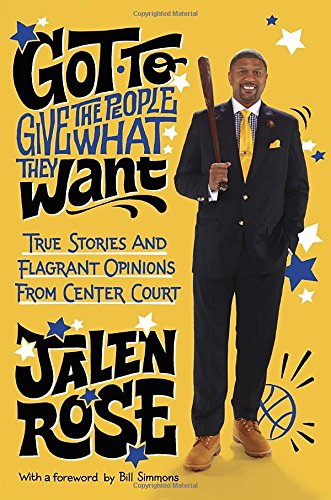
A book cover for Got to Give the People What They Want: True Stories and Flagrant Opinions from Center Court; Jalen Rose; Biographies & Memoirs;